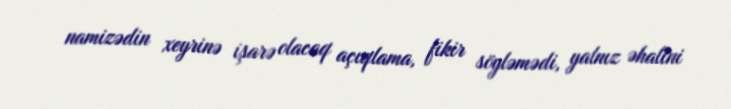
namizədin xeyrinə işarə olacaq açıqlama, fikir söyləmədi, yalnız əhalini